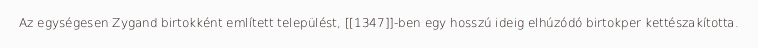
Az egységesen Zygand birtokként említett települést, [[1347]]-ben egy hosszú ideig elhúzódó birtokper kettészakította.